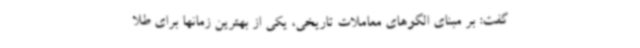
گفت: بر مبنای الگوهای معاملات تاریخی، یکی از بهترین زمانها برای طلا